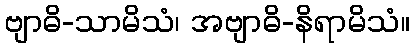
ဗျာဓိ-သာမိသံ၊ အဗျာဓိ-နိရာမိသံ။